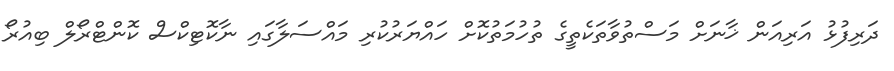
ދަރިފުޅު އަރިއަން ޚާނަށް މަސްތުވާތަކެތީގެ ތުހުމަތުކޮށް ހައްޔަރުކުރި މައްސަލާގައި ނާކޮޓިކްސް ކޮންޓްރޯލް ބިއުރޯ